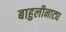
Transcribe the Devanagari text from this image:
बाहुलीनाट्य